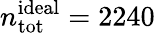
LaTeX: n_{\mathrm{tot}}^{\mathrm{ideal}}=2240